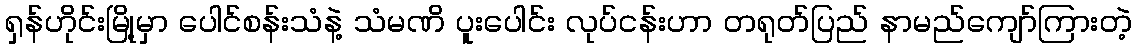
ရှန်ဟိုင်းမြို့မှာ ပေါင်စန်းသံနဲ့ သံမဏိ ပူးပေါင်း လုပ်ငန်းဟာ တရုတ်ပြည် နာမည်ကျော်ကြားတဲ့